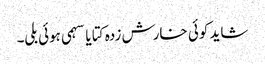
شاید کوئی خارش زدہ کتا یا سہمی ہوئی بلی۔